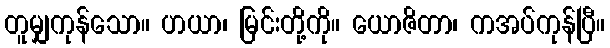
တူမျှကုန်သော။ ဟယာ၊ မြင်းတို့ကို။ ယောဇိတာ၊ ကအပ်ကုန်ပြီ။